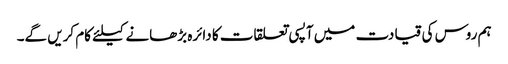
ہم روس کی قیادت میں آپسی تعلقات کا دائرہ بڑھانے کیلئے کام کریں گے۔